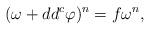
LaTeX: \begin{align*} (\omega+dd^c \varphi)^n=f\omega^n, \end{align*}